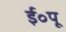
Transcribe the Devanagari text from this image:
ई॰पू